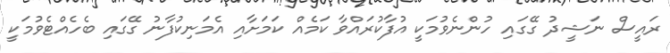
ރައީސް ނަޝީދު ގޭގައި ހުންނެވުމަކީ އުފާކުރައްވާ ކަމެއް ކަމަށާއި އެމަނިކުފާނު ގޭގައި ބެހެއްޓެވުމަކީ